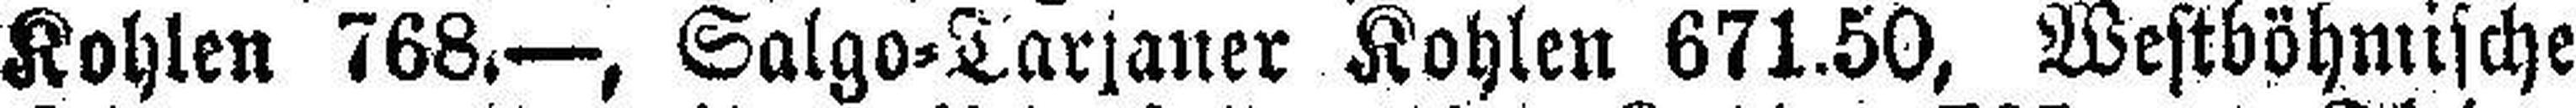
Kohlen 768.—, Salgo=Tarjaner Kohlen 671.50, Westböhmische